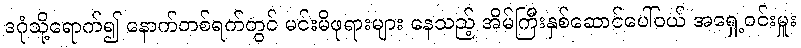
ဒဂုံသို့ရောက်၍ နောက်တစ်ရက်တွင် မင်းမိဖုရားများ နေသည့် အိမ်ကြီးနှစ်ဆောင်ပေါ်ဝယ် အရှေ့ဝင်းမှူး